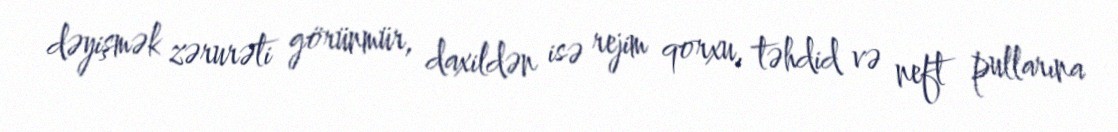
dəyişmək zərurəti görünmür, daxildən isə rejim qorxu, təhdid və neft pullarına